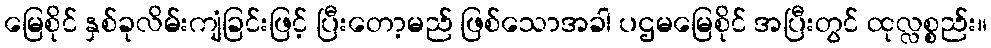
မြေစိုင် နှစ်ခုလိမ်းကျံခြင်းဖြင့် ပြီးတော့မည် ဖြစ်သောအခါ ပဌမမြေစိုင် အပြီးတွင် ထုလ္လစ္စည်း။